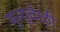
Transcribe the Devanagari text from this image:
मृत्यूवेळी